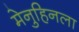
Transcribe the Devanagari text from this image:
मेनुहिनला